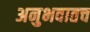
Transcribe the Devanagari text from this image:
अनुभवातच